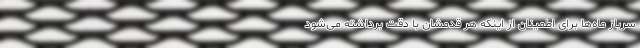
سرباز ماه‌ها برای اطمینان از اینکه هر قدمشان با دقت برداشته می‌شود